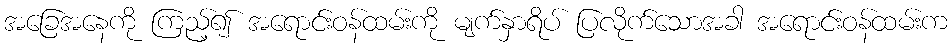
အခြေအနေကို ကြည့်၍ အရောင်းဝန်ထမ်းကို မျက်နှာရိပ် ပြလိုက်သောအခါ အရောင်းဝန်ထမ်းက